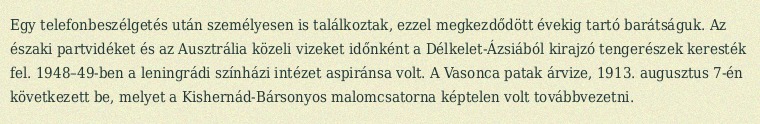
Egy telefonbeszélgetés után személyesen is találkoztak, ezzel megkezdődött évekig tartó barátságuk. Az északi partvidéket és az Ausztrália közeli vizeket időnként a Délkelet-Ázsiából kirajzó tengerészek keresték fel. 1948–49-ben a leningrádi színházi intézet aspiránsa volt. A Vasonca patak árvize, 1913. augusztus 7-én következett be, melyet a Kishernád-Bársonyos malomcsatorna képtelen volt továbbvezetni.